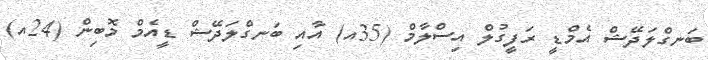
ބަނގްލަދޭޝް އެމްޑީ ރަފީގުލް އިސްލާމް (35އ) އާއި ބަނގްލަދޭޝް ޑީއެމް މޮބިން (24އ)